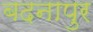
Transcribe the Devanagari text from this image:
बदनापुर